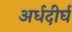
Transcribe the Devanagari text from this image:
अर्धदीर्घ